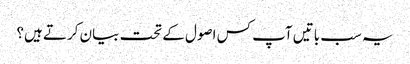
یہ سب باتیں آپ کس اصول کے تحت بیان کرتے ہیں؟